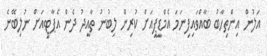
އަލުން އިންތިހާބު ބާއްވައިފިނަމަ އެމްޑީޕީއަށް ކުރިން ލިބުނު ތާއީދު ދެން އެޕާޓީއަށް ނުލިބޭނެ